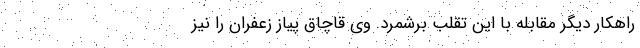
راهکار دیگر مقابله با این تقلب برشمرد. وی قاچاق پیاز زعفران را نیز